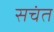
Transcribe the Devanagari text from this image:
सचंत